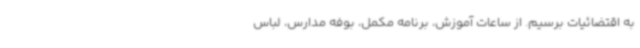
به اقتضائیات برسیم. از ساعات آموزش، برنامه مکمل، بوفه مدارس، لباس